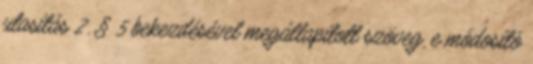
utasítás 2. § 5 bekezdésével megállapított szöveg, e módosító